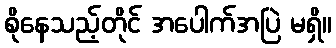
စိုနေသည့်တိုင် အပေါက်အပြဲ မရှိ။